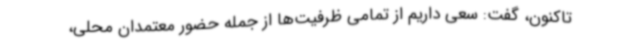
تاکنون، گفت: سعی داریم از تمامی ظرفیت‌ها از جمله حضور معتمدان محلی،